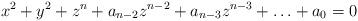
LaTeX: \begin{align*}x^2+y^2+z^n+a_{n-2}z^{n-2}+a_{n-3}z^{n-3}+\ldots+a_0=0\end{align*}